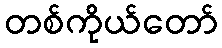
တစ်ကိုယ်တော်